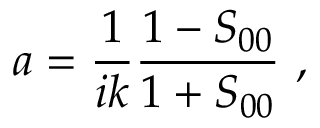
a = \frac { 1 } { i k } \frac { 1 - S _ { 0 0 } } { 1 + S _ { 0 0 } } \ ,